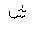
Letter: _shin